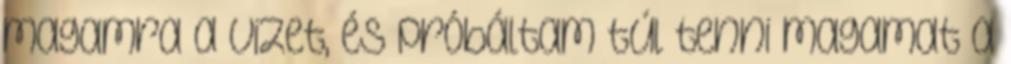
magamra a vizet, és próbáltam túl tenni magamat a